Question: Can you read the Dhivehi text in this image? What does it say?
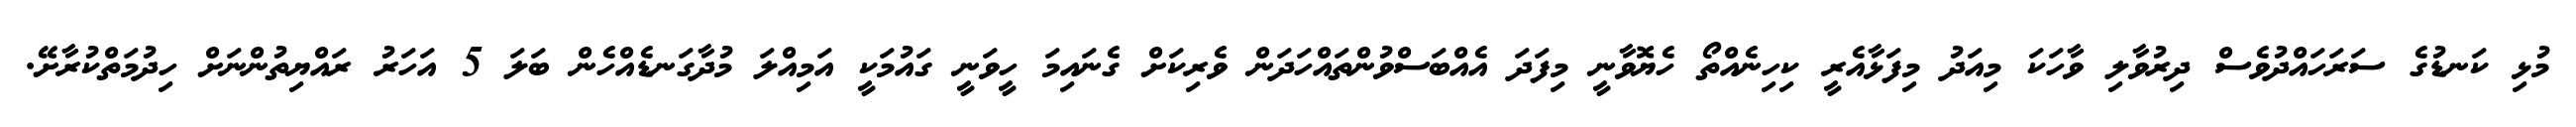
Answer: މުޅި ކަނޑުގެ ސަރަހައްދުވެސް ދިރުވާލި ވާހަކަ މިއަދު މިފަޅާއެރީ ކިހިނެއްތޯ ހެޔޮވާނީ މިފަދަ އެއްބަސްވުންތައްހަދަން ވެރިކަށް ގެނައިމަ ހީވަނީ ގައުމަކީ އަމިއްލަ މުދާގަނޑެއްހެން ބަލަ 5 އަހަރު ރައްޔިތުންނަށް ހިދުމަތްކުރާށޭ.